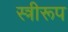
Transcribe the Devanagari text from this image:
स्त्रीरूप